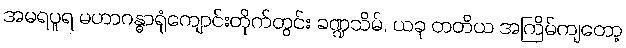
အမရပူရ မဟာဂန္ဓာရုံကျောင်းတိုက်တွင်း ခဏ္ဍသိမ်, ယခု တတိယ အကြိမ်ကျတော့